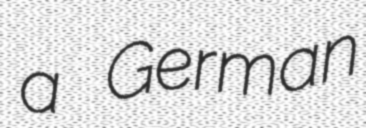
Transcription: a German